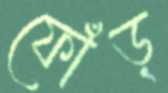
ফোঁড়্‌